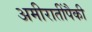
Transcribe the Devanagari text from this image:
अमीरातींपैकी